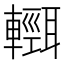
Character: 𨏄